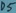
Text: D5